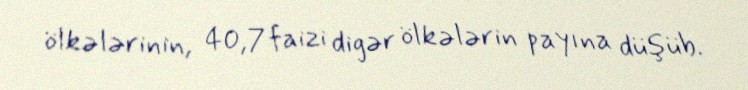
ölkələrinin, 40,7 faizi digər ölkələrin payına düşüb.